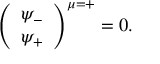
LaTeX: \left( \begin{array} { c } { { \psi _ { - } } } \\ { { \psi _ { + } } } \end{array} \right) ^ { \mu = + } = 0 .